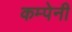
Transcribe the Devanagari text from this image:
कम्पेनी